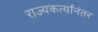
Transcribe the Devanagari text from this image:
राज्यकर्त्यांनंतर